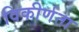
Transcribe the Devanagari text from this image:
विकीर्णता